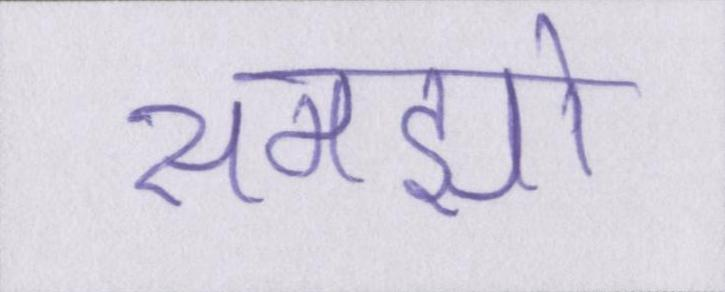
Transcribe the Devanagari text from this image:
समझो